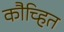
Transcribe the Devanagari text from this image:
कौच्हित